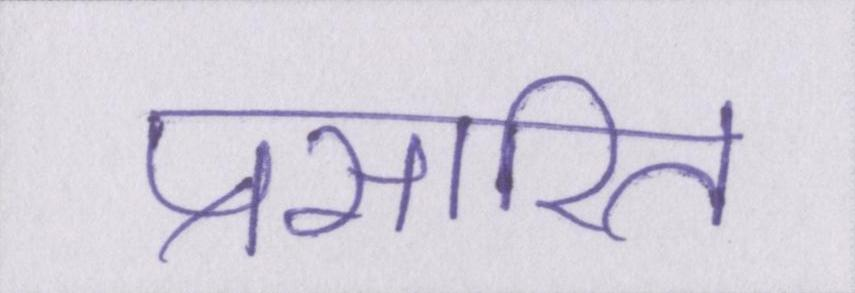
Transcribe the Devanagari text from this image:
प्रसारित